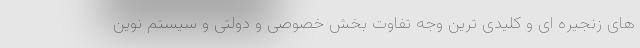
های زنجیره ای و کلیدی ترین وجه تفاوت بخش خصوصی و دولتی و سیستم نوین